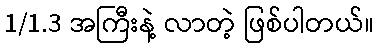
1/1.3 အကြီးနဲ့ လာတဲ့ ဖြစ်ပါတယ်။